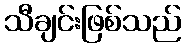
သီချင်းဖြစ်သည်